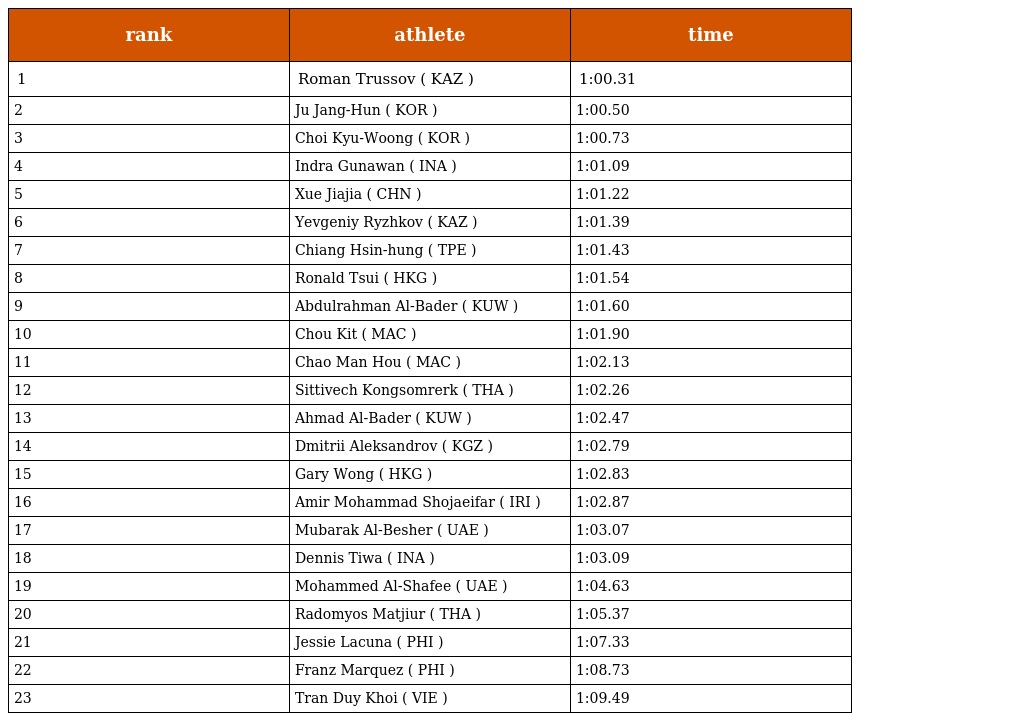
| rank | athlete | time |
 | --- | --- | --- |
 | 1 | Roman Trussov ( KAZ ) | 1:00.31 |
 | 2 | Ju Jang-Hun ( KOR ) | 1:00.50 |
 | 3 | Choi Kyu-Woong ( KOR ) | 1:00.73 |
 | 4 | Indra Gunawan ( INA ) | 1:01.09 |
 | 5 | Xue Jiajia ( CHN ) | 1:01.22 |
 | 6 | Yevgeniy Ryzhkov ( KAZ ) | 1:01.39 |
 | 7 | Chiang Hsin-hung ( TPE ) | 1:01.43 |
 | 8 | Ronald Tsui ( HKG ) | 1:01.54 |
 | 9 | Abdulrahman Al-Bader ( KUW ) | 1:01.60 |
 | 10 | Chou Kit ( MAC ) | 1:01.90 |
 | 11 | Chao Man Hou ( MAC ) | 1:02.13 |
 | 12 | Sittivech Kongsomrerk ( THA ) | 1:02.26 |
 | 13 | Ahmad Al-Bader ( KUW ) | 1:02.47 |
 | 14 | Dmitrii Aleksandrov ( KGZ ) | 1:02.79 |
 | 15 | Gary Wong ( HKG ) | 1:02.83 |
 | 16 | Amir Mohammad Shojaeifar ( IRI ) | 1:02.87 |
 | 17 | Mubarak Al-Besher ( UAE ) | 1:03.07 |
 | 18 | Dennis Tiwa ( INA ) | 1:03.09 |
 | 19 | Mohammed Al-Shafee ( UAE ) | 1:04.63 |
 | 20 | Radomyos Matjiur ( THA ) | 1:05.37 |
 | 21 | Jessie Lacuna ( PHI ) | 1:07.33 |
 | 22 | Franz Marquez ( PHI ) | 1:08.73 |
 | 23 | Tran Duy Khoi ( VIE ) | 1:09.49 |